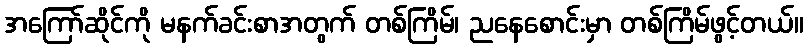
အကြော်ဆိုင်ကို မနက်ခင်းစာအတွက် တစ်ကြိမ်၊ ညနေစောင်းမှာ တစ်ကြိမ်ဖွင့်တယ်။